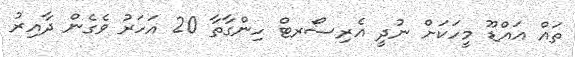
ތައް އައްޑޫ މީހަކަށް ނުދީ އެރިސޯރޓް ހިންގާތާ 20 އަހަރު ވެގެން ދާއިރު